Leaving Certificate Examination, 1921
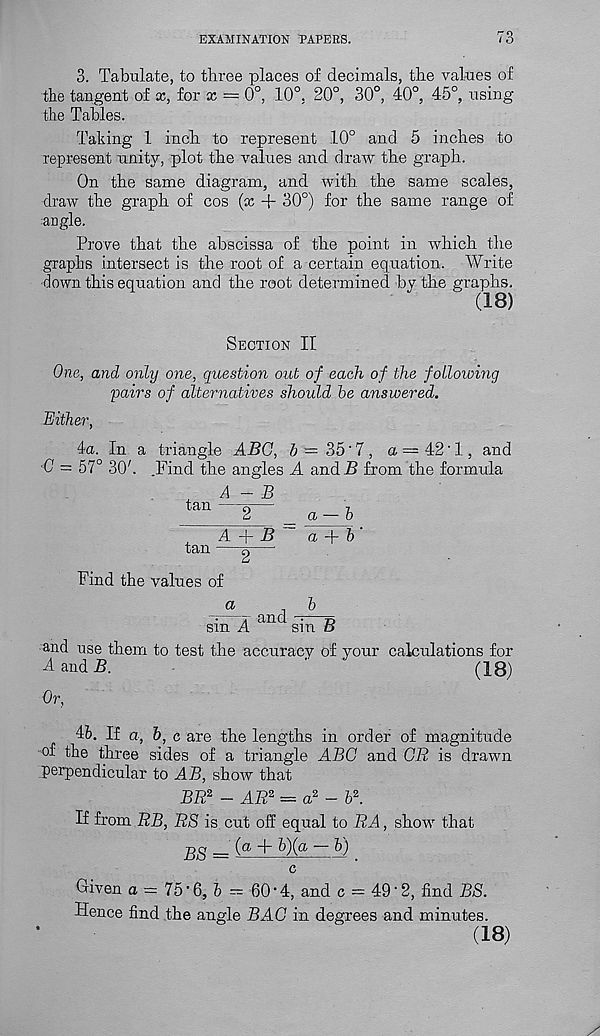
EXAMINATION PAPERS.
i 6
3. Tabulate, to three places of decimals, the values of
the tangent of x, for x = 0°, 10°, 20°, 30°, 40°, 45°, using
the Tables.
Taking 1 inch to represent 10° and 5 inches to
represent unity, plot the values and draw the graph.
On the same diagram, and with the same scales,
draw the graph of cos (x + 30°) for the same range of
angle.
Prove that the abscissa of the point in which the
graphs intersect is the root of a certain equation. Write
down this equation and the root determined bv the graphs.
(18)
Section II
One, and only one, question out of each of the following
•pairs of alternatives should he answered.
Either,
4a. In a triangle ABC, b — 35'7 , a = 42'1, and
0 = 57° 30b .Find the angles A and 5 from the formula
+
A — B
tan
^
=
A + B
a A~ h
tan —g—-
Find the values of
a
h
sin A
sin ts
and use them to test the accuracy of your calculations for
land 5.
'
(18)
Or,
Ab. If a, b, c are the lengths in order of magnitude
of the three sides of a triangle ABC and CR is drawn
.perpendicular to AB, show that
BE 2, - AR 2 = a 2 - fe 2 .
If from RB, RS is cut off equal to RA, show that
BS = ( a + h )( a ~ h ) _
c
Given a = 75'6, b — 60'4, and c = 49‘2, find BS.
Hence find the angle BAG in degrees and minutes.
(18)